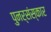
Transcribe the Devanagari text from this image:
पुनर्संस्कार